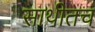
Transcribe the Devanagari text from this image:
साथीतच